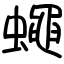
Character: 蠅